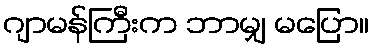
ဂျာမန်ကြီးက ဘာမျှ မပြော။